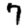
Digit: 7